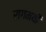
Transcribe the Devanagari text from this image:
रागमयी